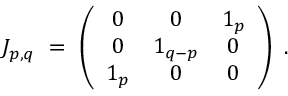
J _ { p , q } ~ = ~ \left( \begin{array} { c c c } { { 0 } } & { { 0 } } & { { 1 _ { p } } } \\ { { 0 } } & { { 1 _ { q - p } } } & { { 0 } } \\ { { 1 _ { p } } } & { { 0 } } & { { 0 } } \end{array} \right) ~ .